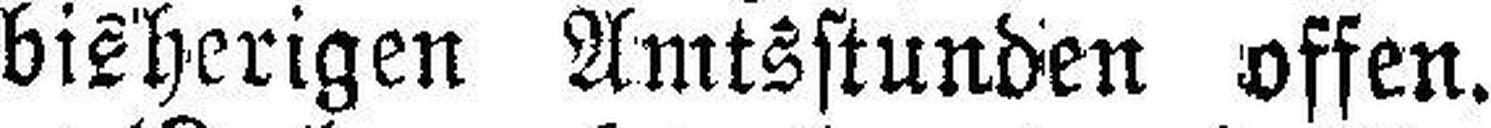
bisherigen Amtsstunden offen.